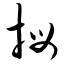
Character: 拇